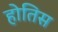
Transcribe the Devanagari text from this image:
होतिस